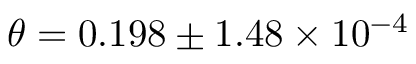
\theta = 0 . 1 9 8 \pm 1 . 4 8 \times 1 0 ^ { - 4 }